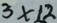
3 \times 1 2